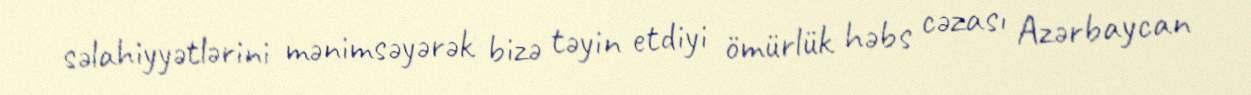
səlahiyyətlərini mənimsəyərək bizə təyin etdiyi ömürlük həbs cəzası Azərbaycan